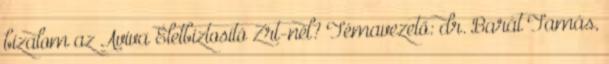
bizalom az Aviva Életbiztosító Zrt-nél? Témavezető: dr. Barát Tamás,